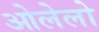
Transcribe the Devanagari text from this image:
ओलेलो